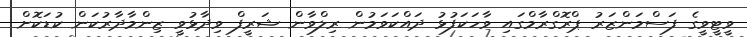
ވީޓީވީގެ ފަސްމަންޒަރު ޕްރޮގްރާމްގައި ވާހަކަފުޅު ދައްކަވަމުން ރިލްވާން ޝަރީފް ވިދާޅުވީ ޒިންމާދާރުކަން ކުޑަކޮށް